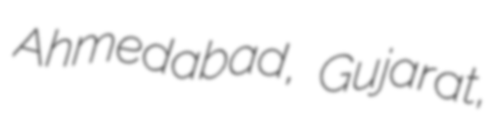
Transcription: Ahmedabad, Gujarat,